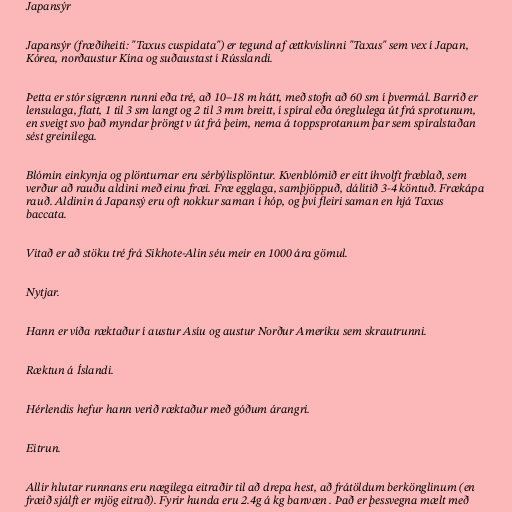
Japansýr

Japansýr (fræðiheiti: "Taxus cuspidata") er tegund af ættkvíslinni "Taxus" sem vex í Japan,
Kórea, norðaustur Kína og suðaustast í Rússlandi.

Þetta er stór sígrænn runni eða tré, að 10–18 m hátt, með stofn að 60 sm í þvermál. Barrið er
lensulaga, flatt, 1 til 3 sm langt og 2 til 3 mm breitt, í spíral eða óreglulega út frá sprotunum,
en sveigt svo það myndar þröngt v út frá þeim, nema á toppsprotanum þar sem spíralstaðan
sést greinilega.

Blómin einkynja og plönturnar eru sérbýlisplöntur. Kvenblómið er eitt íhvolft fræblað, sem
verður að rauðu aldini með einu fræi. Fræ egglaga, samþjöppuð, dálítið 3-4 köntuð. Frækápa
rauð. Aldinin á Japansý eru oft nokkur saman í hóp, og því fleiri saman en hjá Taxus
baccata.

Vitað er að stöku tré frá Sikhote-Alin séu meir en 1000 ára gömul.

Nytjar.

Hann er víða ræktaður í austur Asíu og austur Norður Ameríku sem skrautrunni.

Ræktun á Íslandi.

Hérlendis hefur hann verið ræktaður með góðum árangri.

Eitrun.

Allir hlutar runnans eru nægilega eitraðir til að drepa hest, að frátöldum berkönglinum (en
fræið sjálft er mjög eitrað). Fyrir hunda eru 2.4g á kg banvæn . Það er þessvegna mælt með